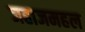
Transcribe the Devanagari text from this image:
जहाजमहल